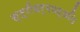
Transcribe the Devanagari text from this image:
स्त्रीधर्मपद्धति